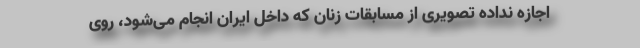
اجازه نداده تصویری از مسابقات زنان که داخل ایران انجام می‌شود، روی